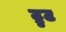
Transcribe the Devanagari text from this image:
ट्रुट